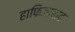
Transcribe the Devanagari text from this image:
हाफिज़ाबाद